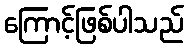
ကြောင့်ဖြစ်ပါသည်